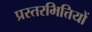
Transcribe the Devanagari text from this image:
प्रस्तरभित्तियों